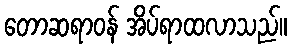
တောဆရာဝန် အိပ်ရာထလာသည်။